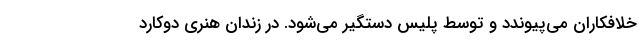
خلافکاران می‌پیوندد و توسط پلیس دستگیر می‌شود. در زندان هنری دوکارد